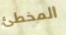
المخطئ